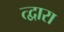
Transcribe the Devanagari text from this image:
त्द्वारा